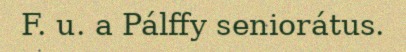
F. u. a Pálffy seniorátus.